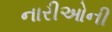
નારીઓની